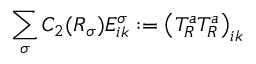
\sum _ { \sigma } C _ { 2 } ( R _ { \sigma } ) E _ { i k } ^ { \sigma } : = \left( T _ { R } ^ { a } T _ { R } ^ { a } \right) _ { i k }